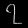
Digit: ၇